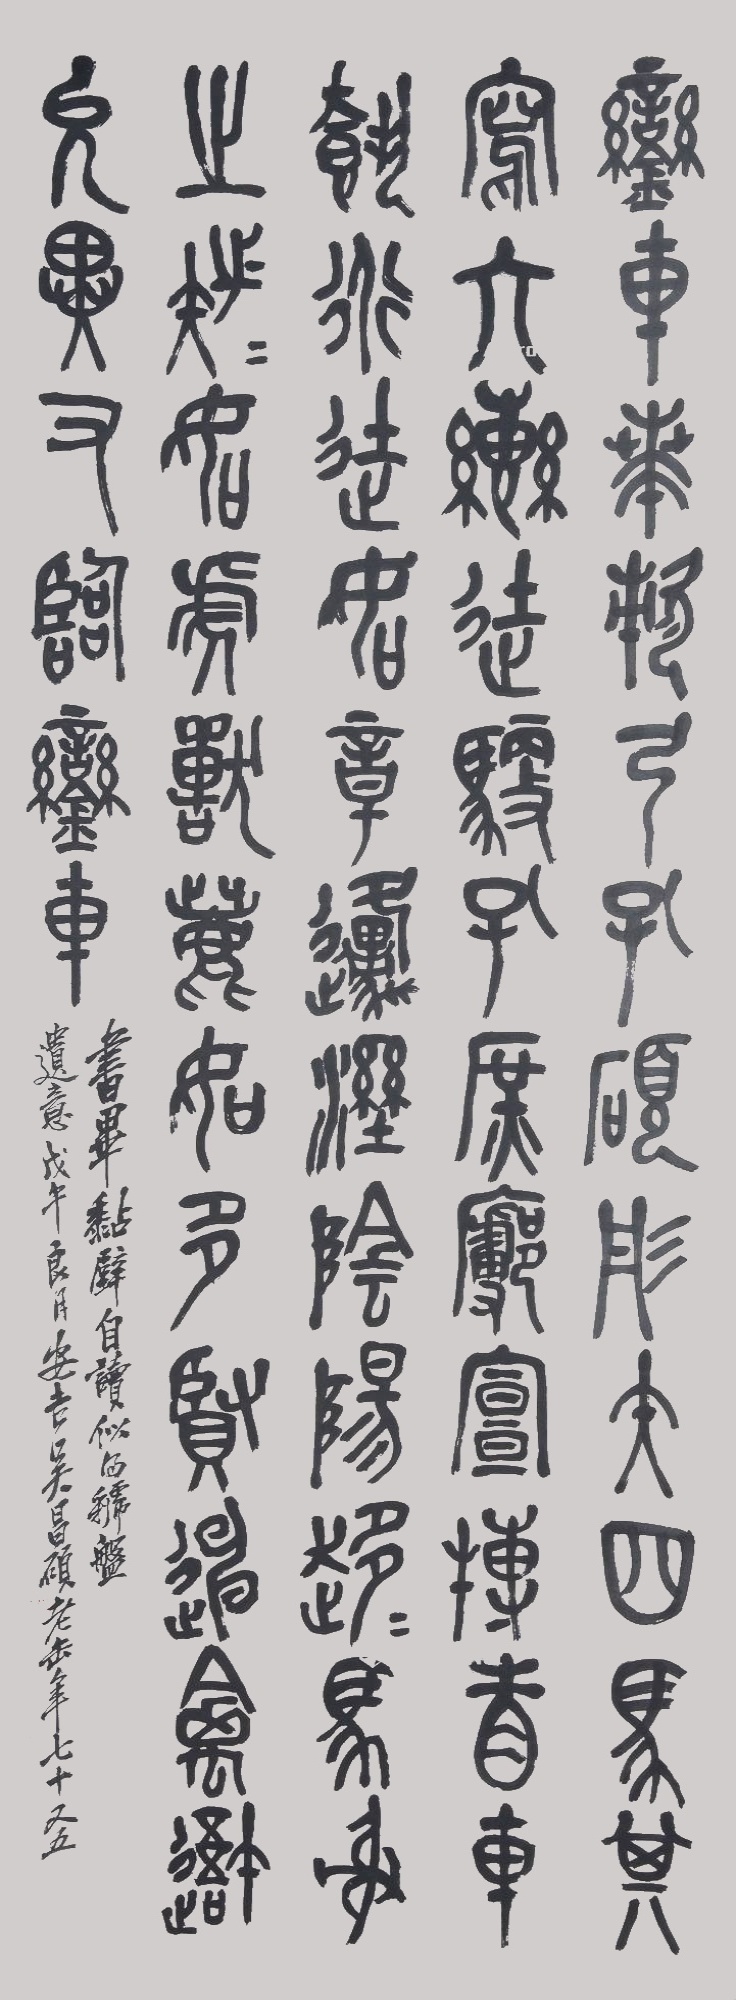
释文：銮车贲欶，弓孔硕彤矢。四马其写，六辔徒驭孔庶。府宣搏省车载道，徒如章原灦阴阳，趋趋马射之族族。如虎兽如多贤，陈禽吾允异。又临銮车。书毕黏壁自读，似得虢盘遗意。戊午良月，安吉吴昌硕老缶年七十又五。吴俊之印吴昌石。